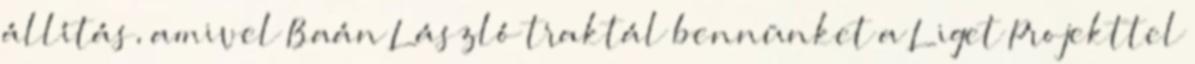
állítás, amivel Baán László traktál bennünket a Liget Projekttel